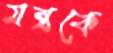
মন্ত্রকে